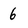
Character: 6